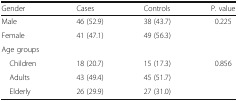
<table><thead><tr><td><b>Gender</b></td><td><b>Cases</b></td><td><b>Controls</b></td><td><b>P. value</b></td></tr></thead><tbody><tr><td>Male</td><td>46 (52.9)</td><td>38 (43.7)</td><td rowspan="2">0.225</td></tr><tr><td>Female</td><td>41 (47.1)</td><td>49 (56.3)</td></tr><tr><td colspan="4">Age groups</td></tr><tr><td> Children</td><td>18 (20.7)</td><td>15 (17.3)</td><td rowspan="3">0.856</td></tr><tr><td> Adults</td><td>43 (49.4)</td><td>45 (51.7)</td></tr><tr><td> Elderly</td><td>26 (29.9)</td><td>27 (31.0)</td></tr></tbody></table>